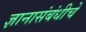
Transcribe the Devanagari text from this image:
ज्ञानासंबंधीचे